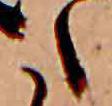
た